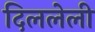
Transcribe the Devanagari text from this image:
दिललेली